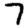
Digit: 7